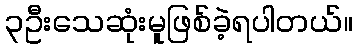
၃ဦးသေဆုံးမူဖြစ်ခဲ့ရပါတယ်။